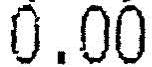
0.00